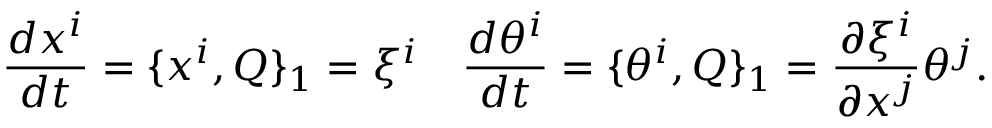
\frac { d x ^ { i } } { d t } = \{ x ^ { i } , Q \} _ { 1 } = \xi ^ { i } \quad \frac { d \theta ^ { i } } { d t } = \{ \theta ^ { i } , Q \} _ { 1 } = \frac { \partial \xi ^ { i } } { \partial x ^ { j } } \theta ^ { j } .